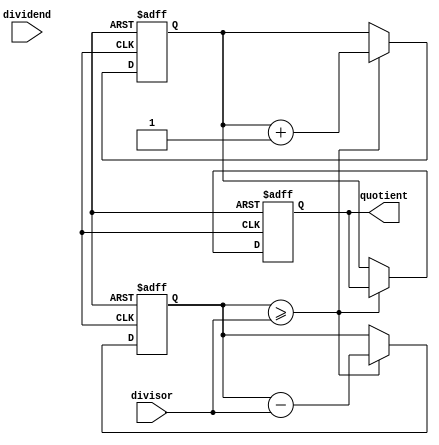
module counter_based_divider (
  input [7:0] dividend,
  input [7:0] divisor,
  output reg [7:0] quotient
);

reg [7:0] remainder;
reg [7:0] count;

always @ (posedge clk or posedge rst) begin
  if (rst) begin
    quotient <= 8'h0;
    remainder <= 8'h0;
    count <= 8'h0;
  end else begin
    if (remainder >= divisor) begin
      remainder <= remainder - divisor;
      count <= count + 1;
    end else begin
      quotient <= count;
    end
  end
end
endmodule